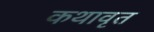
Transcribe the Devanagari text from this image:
कथावृत